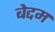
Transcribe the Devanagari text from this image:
बेद्दम